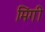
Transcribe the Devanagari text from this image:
मिंगी